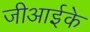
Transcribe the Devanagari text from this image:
जीआईके